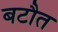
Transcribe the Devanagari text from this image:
बटौत